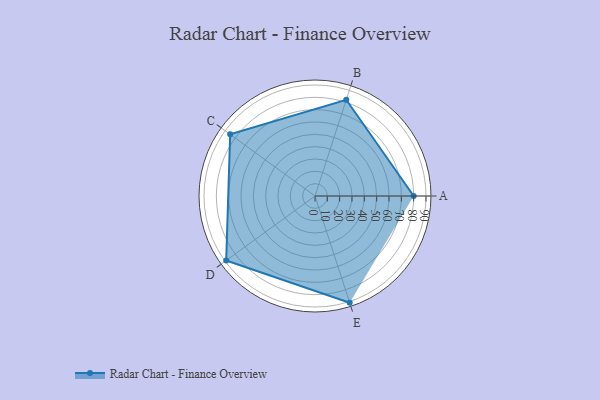
{"axis": {"x": "Skill", "y": "Score"}, "legend": ["Profile"], "data": [{"x": "A", "y": 80.0, "type": "Profile"}, {"x": "B", "y": 82.0, "type": "Profile"}, {"x": "C", "y": 85.0, "type": "Profile"}, {"x": "D", "y": 89.0, "type": "Profile"}, {"x": "E", "y": 91.0, "type": "Profile"}]}